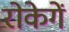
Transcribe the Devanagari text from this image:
रोकेगें